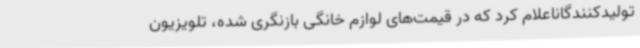
تولیدکنندگاناعلام کرد که در قیمت‌های لوازم خانگی بازنگری شده، تلویزیون